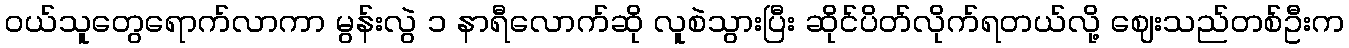
ဝယ်သူတွေရောက်လာကာ မွန်းလွဲ ၁ နာရီလောက်ဆို လူစဲသွားပြီး ဆိုင်ပိတ်လိုက်ရတယ်လို့ ဈေးသည်တစ်ဦးက